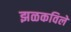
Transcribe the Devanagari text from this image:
झळकविले